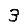
Digit: 3